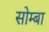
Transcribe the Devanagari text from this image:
सोम्बा